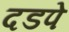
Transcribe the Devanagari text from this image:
दडपे